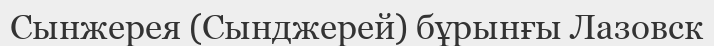
Сынжерея (Сынджерей) бұрынғы Лазовск